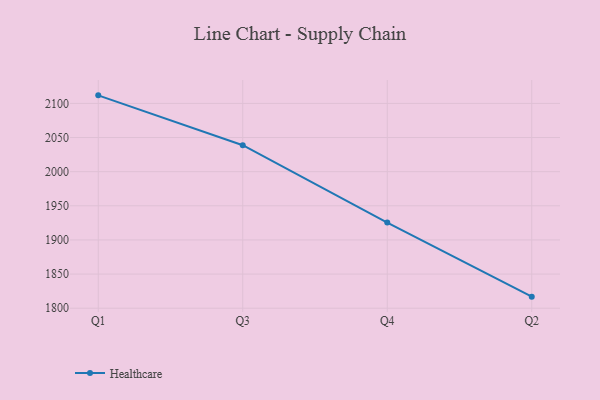
{"axis": {"x": "Quarter", "y": "Operating Costs (USD K)"}, "legend": ["Healthcare"], "data": [{"x": "Q1", "y": 2111.8, "type": "Healthcare"}, {"x": "Q3", "y": 2038.8, "type": "Healthcare"}, {"x": "Q4", "y": 1925.4, "type": "Healthcare"}, {"x": "Q2", "y": 1816.9, "type": "Healthcare"}]}